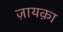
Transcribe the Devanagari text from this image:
ज़ायक़ा